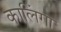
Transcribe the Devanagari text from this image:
कालिंगा